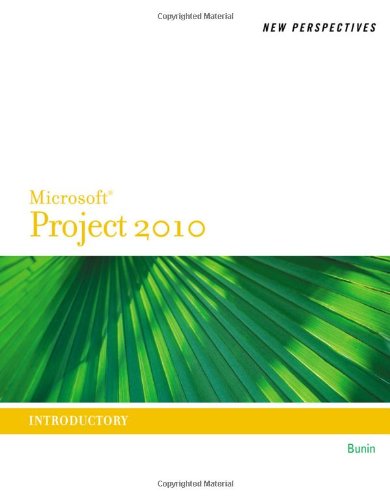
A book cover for New Perspectives on Microsoft Project 2010: Introductory (New Perspectives Series); Rachel Biheller Bunin; Computers & Technology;